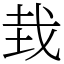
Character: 㦳